Veterinary regulations India, 1939 -
Year: 1939
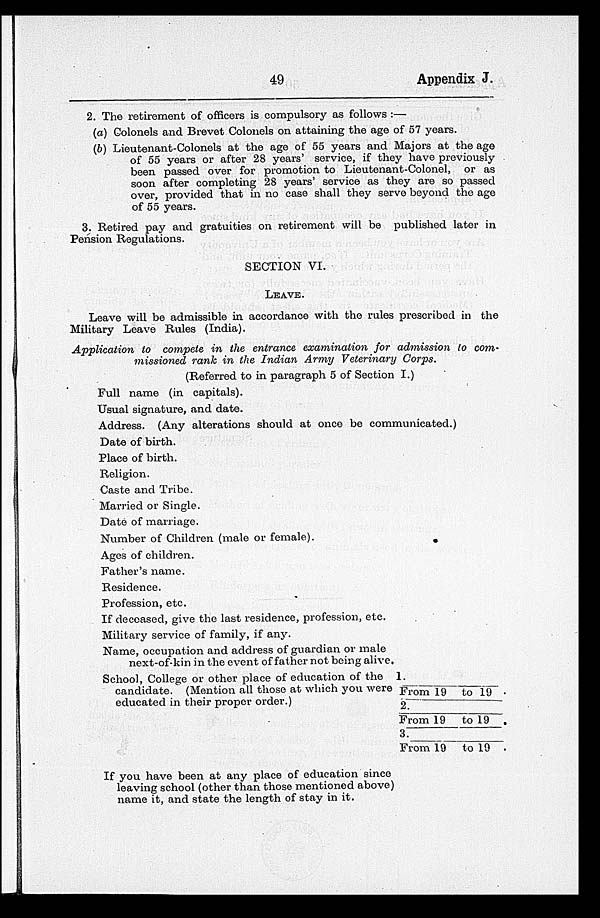
49
Appendix J.
2. The retirement of officers is compulsory as follows :—
(a) Colonels and Brevet Colonels on attaining the age of 57 years.
(b) Lieutenant-Colonels at the age of 55 years and Majors at the age
of 55 years or after 28 years' service, if they have previously
been passed over for promotion to Lieutenant-Colonel, or as
soon after completing 28 years' service as they are so passed
over, provided that in no case shall they serve beyond the age
of 55 years.
3. Retired pay and gratuities on retirement will be published later in
Pension Regulations.
SECTION VI.
LEAVE.
Leave will be admissible in accordance with the rules prescribed in the
Military Leave Rules (India).
Application to compete in the entrance examination for admission to com-
missioned rank in the Indian Army Veterinary Corps.
(Referred to in paragraph 5 of Section I.)
Full name (in capitals).
Usual signature, and date.
Address. (Any alterations should at once be communicated.)
Date of birth.
Place of birth.
Religion.
Caste and Tribe.
Married or Single.
Date of marriage.
Number of Children (male or female).
Ages of children.
Father's name.
Residence.
Profession, etc.
If deceased, give the last residence, profession, etc.
Military service of family, if any.
Name, occupation and address of guardian or male
next-of-kin in the event of father not being alive.
School, College or other place of education of the
candidate. (Mention all those at which you were
educated in their proper order.)
1.
From 19
2.
From 19
3.
From 19
to 19 .
to 19 .
to 19 .
If you have been at any place of education since
leaving school (other than those mentioned above)
name it, and state the length of stay in it.